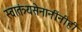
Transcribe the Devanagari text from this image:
स्वातंत्र्यसेनानींनीही